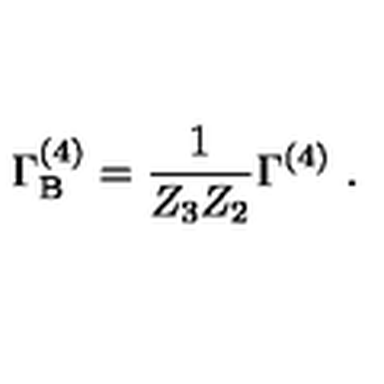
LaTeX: \Gamma _ { \mathrm { B } } ^ { ( 4 ) } = \frac { 1 } { Z _ { 3 } Z _ { 2 } } \Gamma ^ { ( 4 ) } \ .